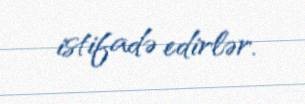
istifadə edirlər.